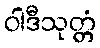
ဝါဒီသုတ္တံ